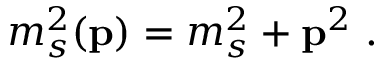
m _ { s } ^ { 2 } ( { \bf p } ) = m _ { s } ^ { 2 } + { \bf p } ^ { 2 } ~ .